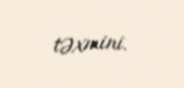
təxmini.